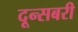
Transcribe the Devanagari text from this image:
दून्सबरी